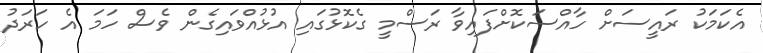
އެކަމަކު ރައީސަށް ހާއްސަކޮށްފައިވާ ރަސްމީ ގެކޮޅުގައި އުޅުއްވައިގެން ވެސް ހަމަ އެ ހަރަދު